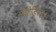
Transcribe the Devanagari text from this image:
मेथोडिस्ट।